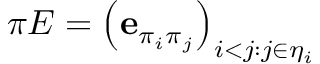
\pi E = \left( \mathbf { e } _ { \pi _ { i } \pi _ { j } } \right) _ { i < j : j \in \eta _ { i } }